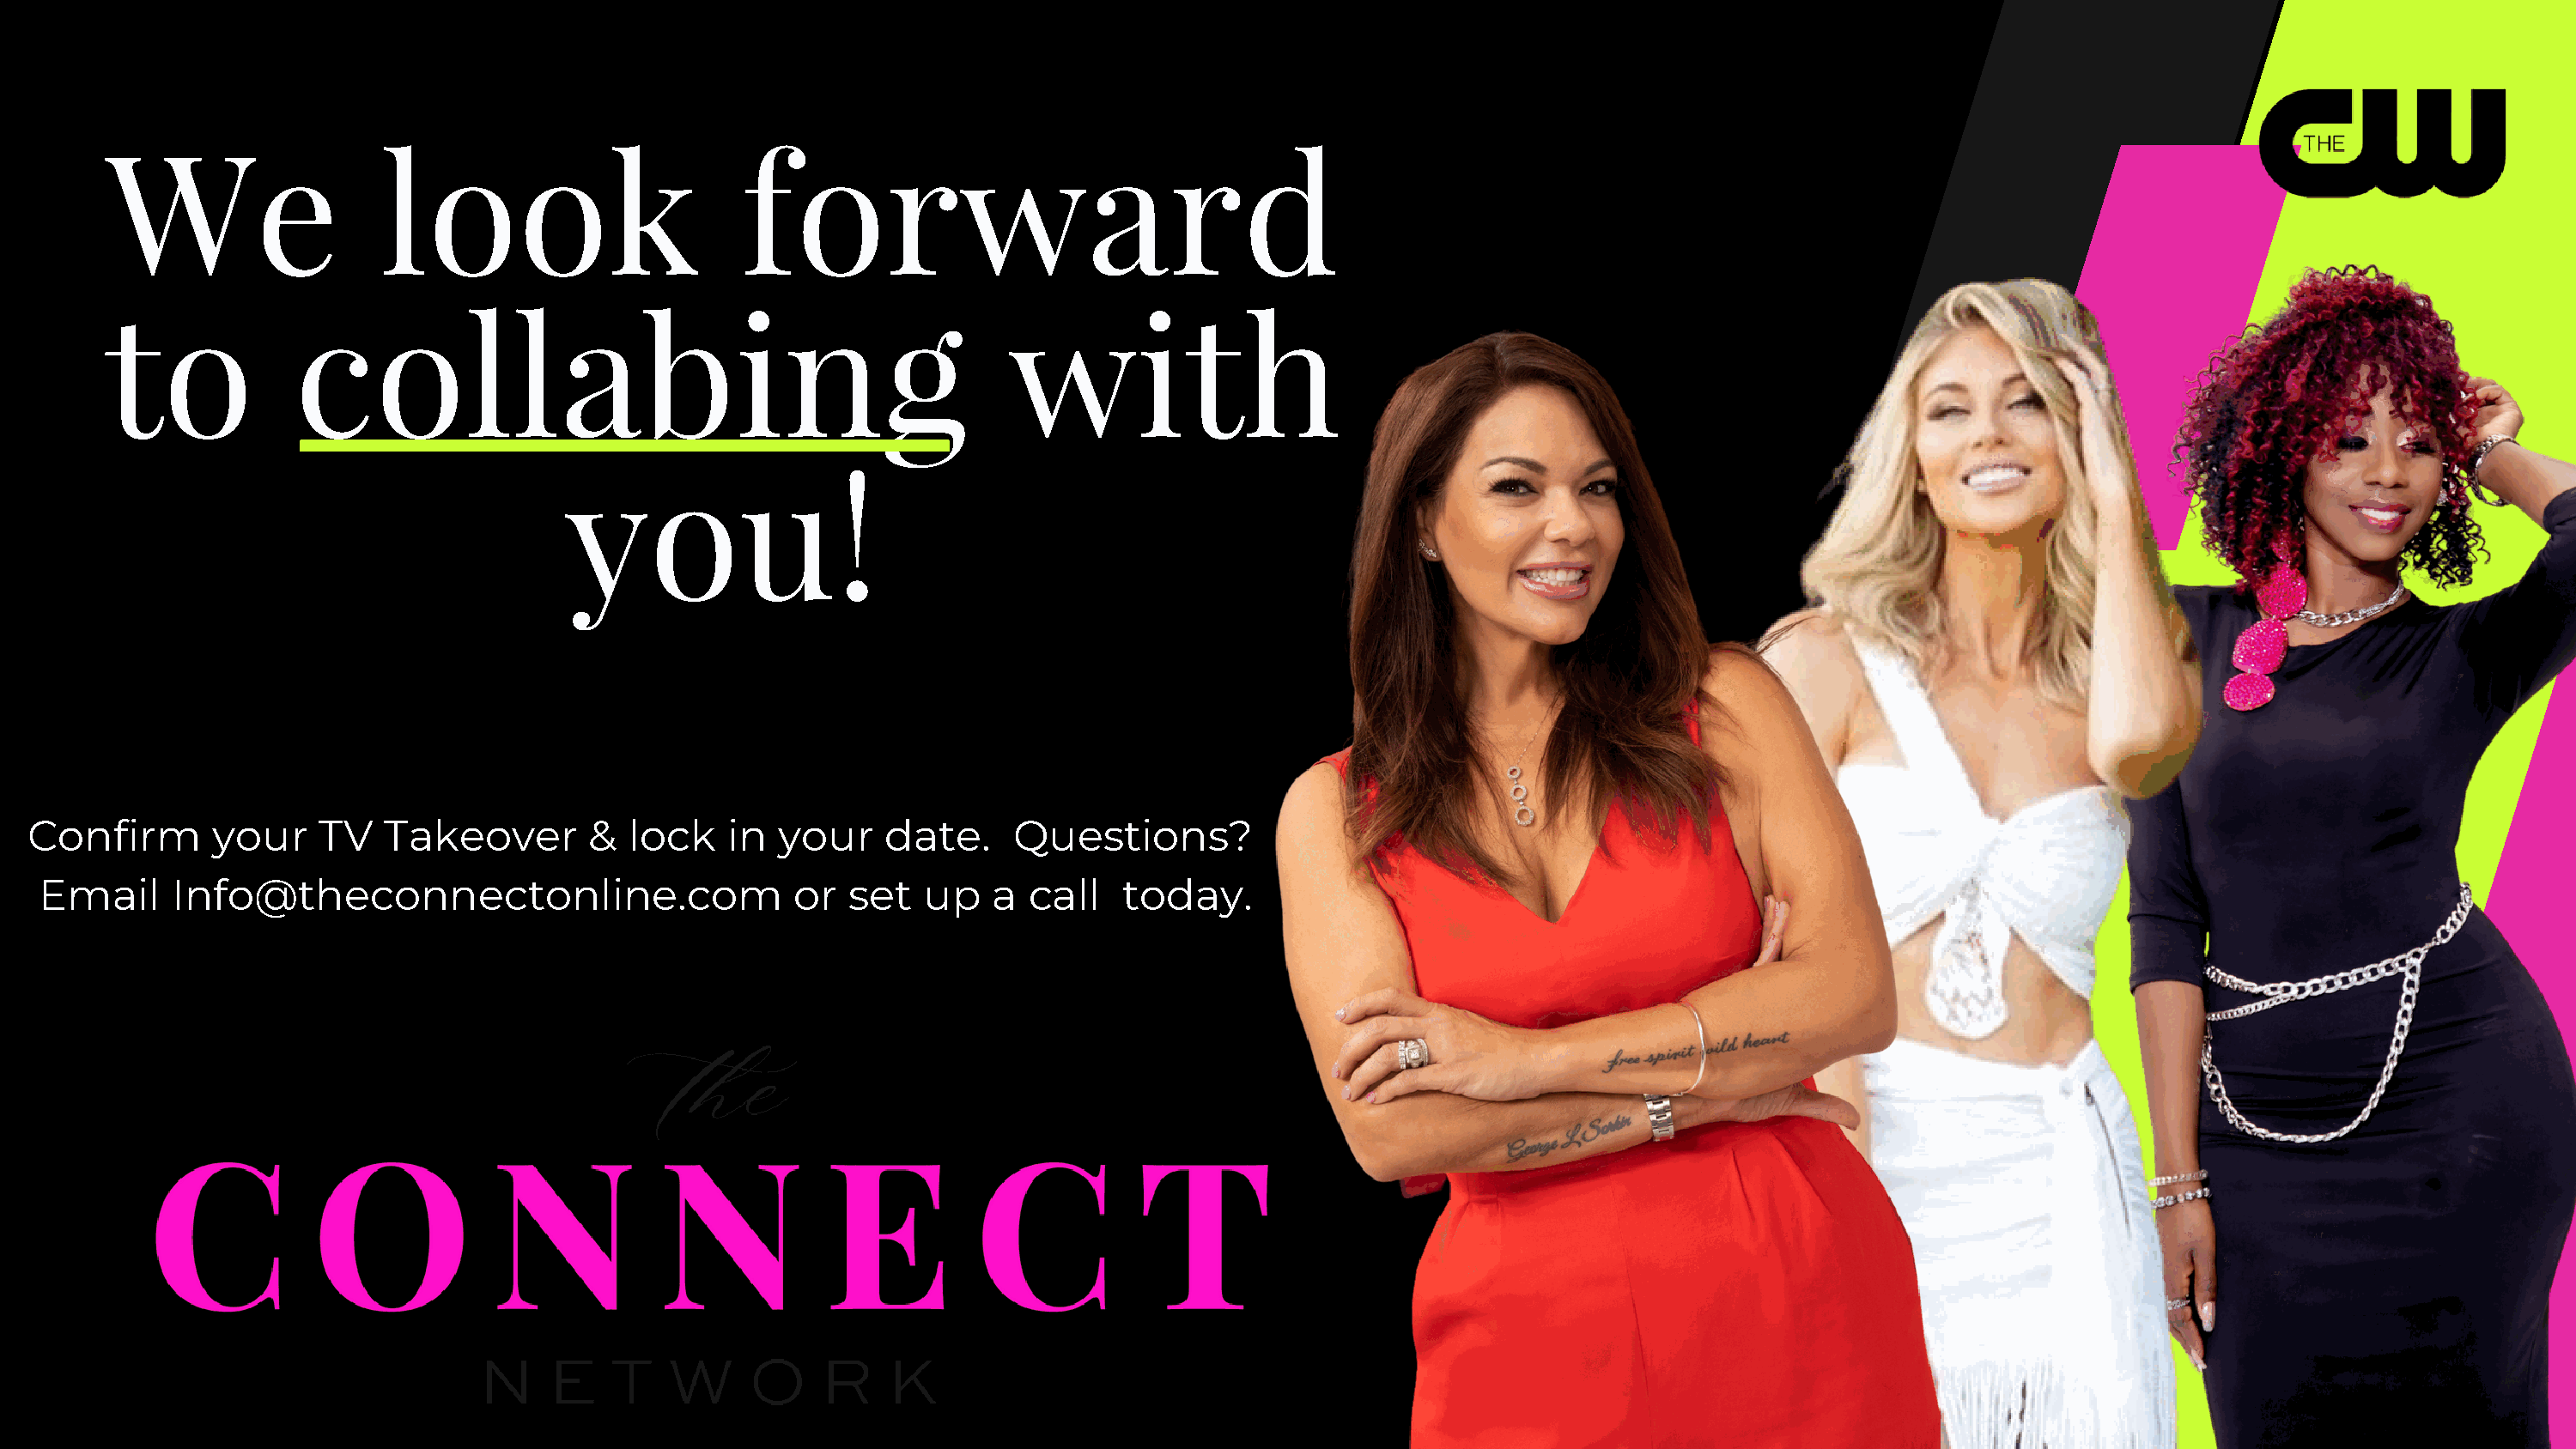
We                   look                        forward
 to             collabing                                              with
 you!
 Confirm       your     TV   Takeover       &  lock    in  your    date.     Questions?
 Email     Info@theconnectonline.com                       or  set   up   a  call    today.